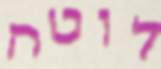
לוטה